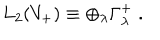
L _ { 2 } ( V _ { + } ) \equiv \oplus _ { \lambda } \Gamma _ { \lambda } ^ { + } \; .